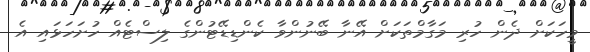
މީހަކަށް ދެން ހުރި މަގާމްތަކަށް އޭނާ ބޭނުންވާ ކެންޑިޑޭޓުންގެ ލިސްޓެއް ހުށަހަޅައި އެ